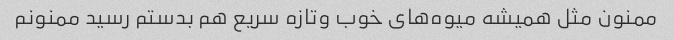
ممنون مثل همیشه میوه‌های خوب وتازه سریع هم بدستم رسید ممنونم